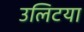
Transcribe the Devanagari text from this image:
उलिटया